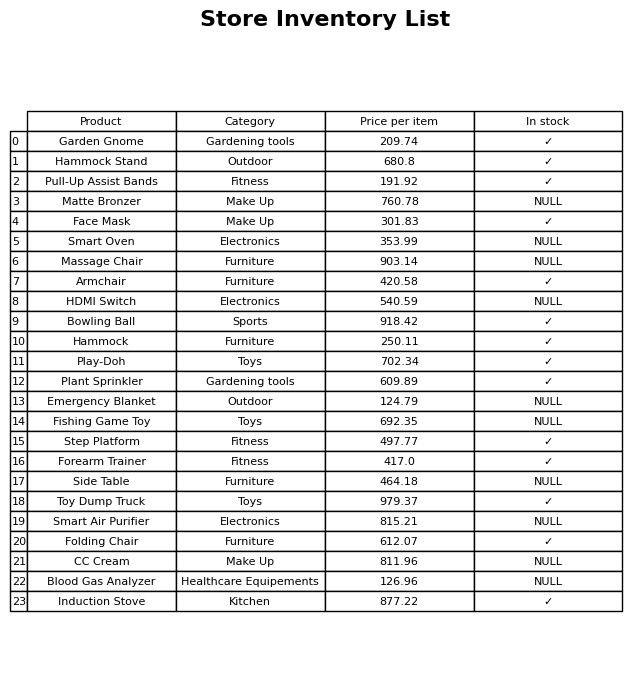
question: What is the price of the Hammock Stand?
answer: The price of Hammock Stand is 680.8.